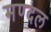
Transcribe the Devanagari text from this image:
मण्दल